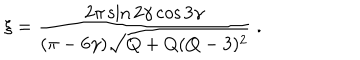
LaTeX: \xi = \frac { 2 \pi \sin 2 \gamma \cos 3 \gamma } { ( \pi - 6 \gamma ) \sqrt { Q + Q ( Q - 3 ) ^ { 2 } } } \; .